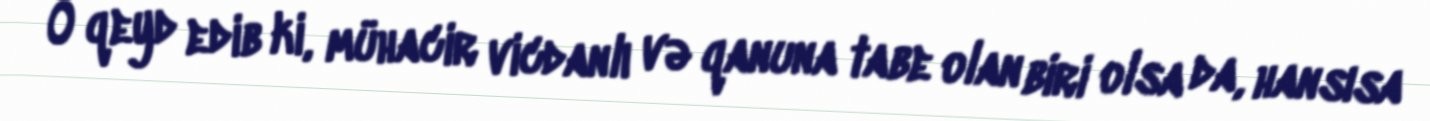
O qeyd edib ki, mühacir vicdanlı və qanuna tabe olan biri olsa da, hansısa